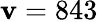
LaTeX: \mathbf{v}=843